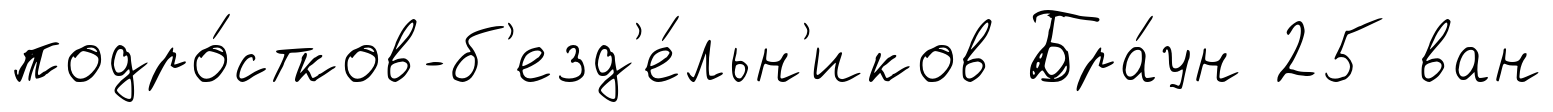
подро́стков-б'езд'е́льн'иков Бра́ун 25 ван